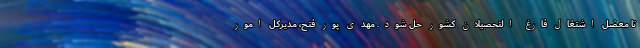
تا معضل اشتغال فارغ التحصیلان کشور حل شود. مهدی پور فتح، مدیرکل امور